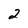
Character: 2